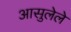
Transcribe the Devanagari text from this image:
आसुलेले